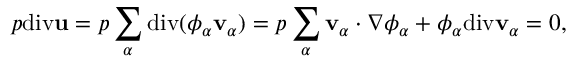
\begin{array} { r } { p \mathrm { d i v } \mathbf { u } = p \displaystyle \sum _ { \alpha } \mathrm { d i v } ( \phi _ { \alpha } \mathbf { v } _ { \alpha } ) = p \displaystyle \sum _ { \alpha } \mathbf { v } _ { \alpha } \cdot \nabla \phi _ { \alpha } + \phi _ { \alpha } \mathrm { d i v } \mathbf { v } _ { \alpha } = 0 , } \end{array}